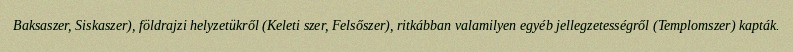
Baksaszer, Siskaszer), földrajzi helyzetükről (Keleti szer, Felsőszer), ritkábban valamilyen egyéb jellegzetességről (Templomszer) kapták.